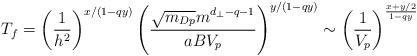
LaTeX: \begin{align*}T_f = \left (\frac{1}{h^2} \right )^{x/(1-qy)}\left ( \frac{\sqrt{m_{Dp}}m^{d_\perp-q-1}}{aB V_p}\right )^{y/(1-qy)} \sim\left (\frac{1}{V_p}\right)^{\frac{x+y/2}{1-qy}}\end{align*}